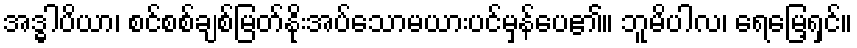
အဒ္ဓါပိယာ၊ စင်စစ်ချစ်မြတ်နိုးအပ်သောမယားပင်မှန်ပေ၏။ ဘူမိပါလ၊ ရေမြေ့ရှင်။